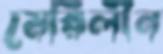
মেরিলীন